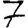
Digit: 7